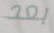
بعد